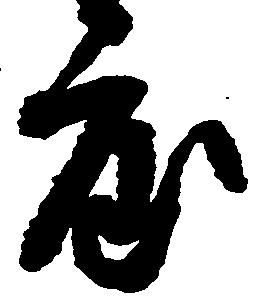
度